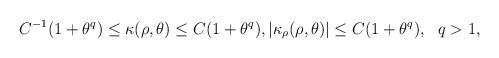
LaTeX: \begin{align*} C^{-1}(1+\theta^q)\leq \kappa(\rho,\theta)\leq C (1+\theta^q), |\kappa_\rho(\rho,\theta)|\leq C (1+\theta^q), ~~q>1, \\\end{align*}